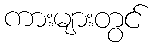
ကားများတွင်